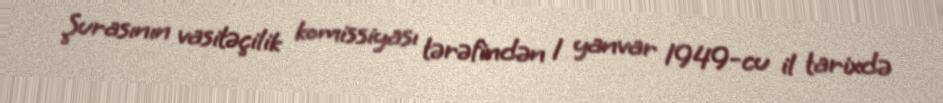
Şurasının vasitəçilik komissiyası tərəfindən 1 yanvar 1949-cu il tarixdə